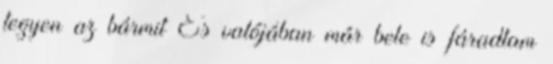
tegyen az bármit És valójában már bele is fáradtam